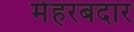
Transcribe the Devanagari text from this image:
मेहरबदार